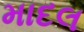
માદલ